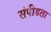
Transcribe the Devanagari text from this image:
संपीडता